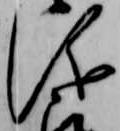
儀